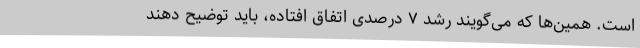
است. همین‌ها که می‌گویند رشد ۷ درصدی اتفاق افتاده، باید توضیح دهند